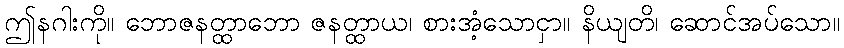
ဤနဂါးကို။ ဘောဇနတ္ထာဘော ဇနတ္ထာယ၊ စားအံ့သောငှာ။ နိယျတိ၊ ဆောင်အပ်သော။